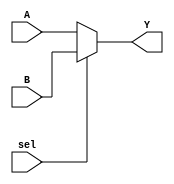
module MCX2to1 (A,B,sel,Y);

input [4:0] A,B;
input sel;
output [4:0] Y;

assign Y=(sel)? B:A;

endmodule